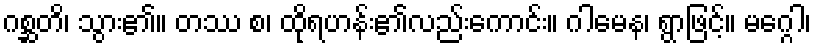
ဂစ္ဆတိ၊ သွား၏။ တဿ စ၊ ထိုရဟန်း၏လည်းကောင်း။ ဂါမေန၊ ရွာဖြင့်။ မဂ္ဂေါ၊